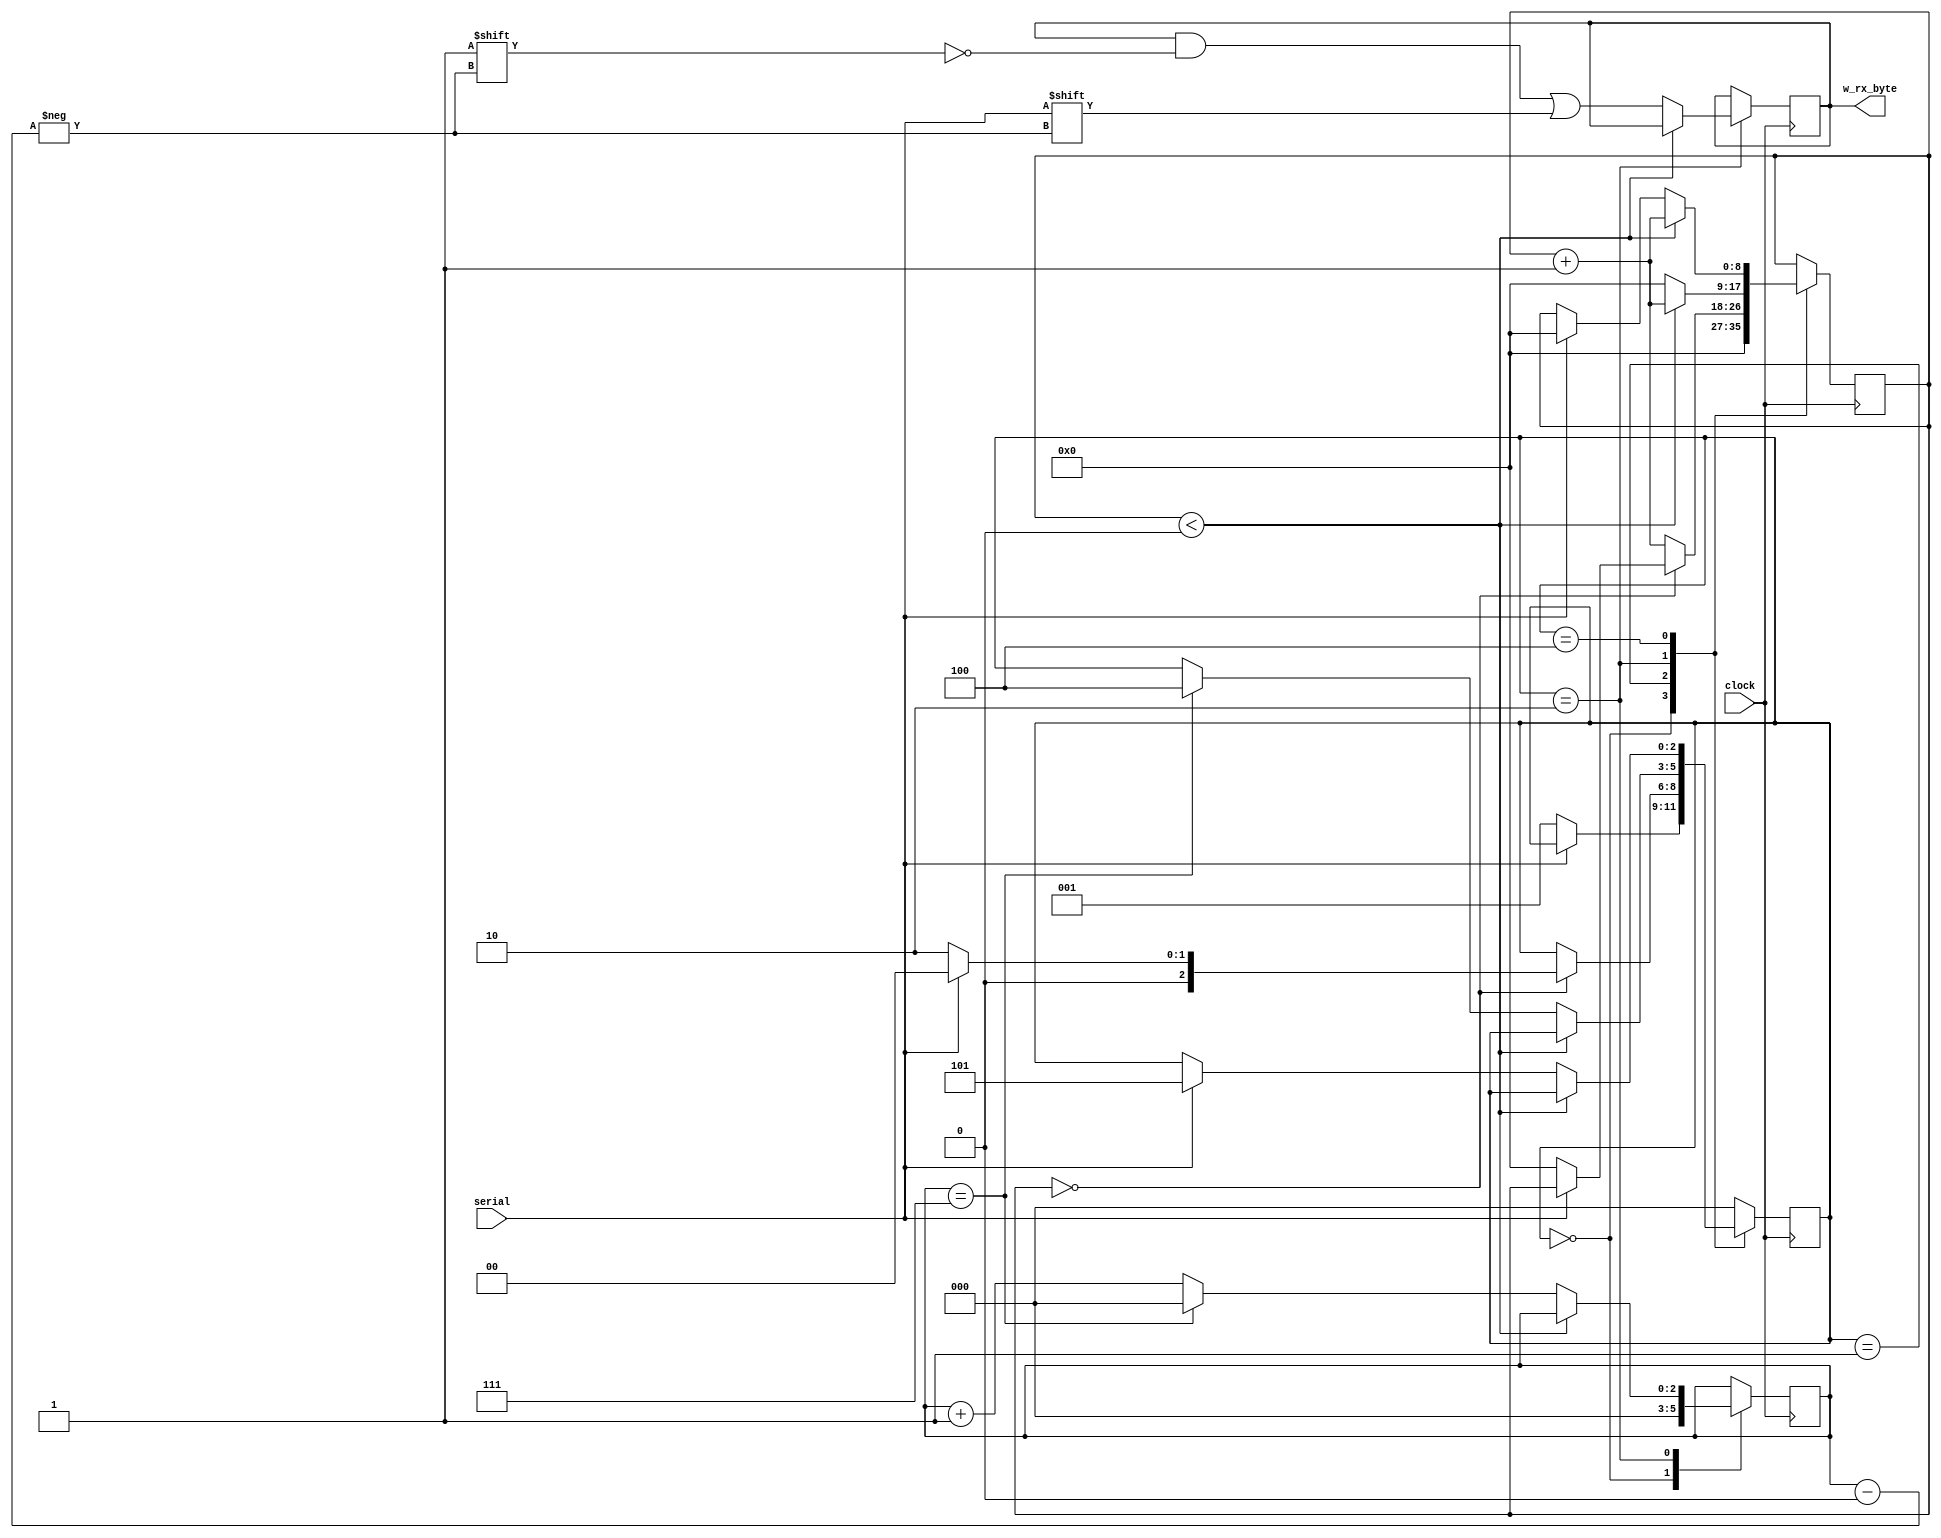
module receiver
    #(parameter CLOCKS_PER_BIT = 0)
    (
        input wire clock,
        input wire serial,
        output [7:0] w_rx_byte
    );

    parameter IDLE_STATE = 3'b000;
    parameter START_STATE = 3'b001;
    parameter DATA_STATE = 3'b010;
    parameter STOP_STATE = 3'b100;
    parameter CLEANUP_STATE = 3'b101;

    reg [8:0] r_clock_count;
    reg [2:0] r_rx_state;
    reg [2:0] r_bit_index;
    reg [7:0] r_rx_byte;

    initial
    begin
        r_rx_state <= IDLE_STATE;
    end

    always @(posedge clock)
    begin
        case (r_rx_state)
            IDLE_STATE:
            begin
                r_clock_count <= 0;
                r_bit_index <= 0;

                if (serial == 1'b0)
                    r_rx_state <= START_STATE;
            end // IDLE_STATE

            START_STATE:
            begin
                // If the apparent start bit lasts at least one-half of the bit time, it is valid
                // and signals the start of a new character. If not, it is considered a spurious
                // pulse and is ignored.
                if (r_clock_count == CLOCKS_PER_BIT/2)
                begin
                    if (serial == 0)
                    begin
                        r_clock_count <= 0;
                        r_rx_state = DATA_STATE;
                    end
                    else
                        r_rx_state = IDLE_STATE;
                end
                else
                    r_clock_count <= r_clock_count + 1;
            end // START_STATE

            DATA_STATE:
            begin
                if (r_clock_count < CLOCKS_PER_BIT)
                    r_clock_count <= r_clock_count + 1;
                else
                begin
                    r_rx_byte[r_bit_index] = serial;
                    r_clock_count <= 0;

                    if (r_bit_index == 7)
                    begin
                        r_rx_state <= STOP_STATE;
                        r_bit_index <= 0;
                    end
                    else
                        r_bit_index <= r_bit_index + 1;
                end
            end // DATA_STATE

            STOP_STATE:
            begin
                if (r_clock_count < CLOCKS_PER_BIT)
                    r_clock_count <= r_clock_count + 1;
                else
                begin
                    if (serial == 1'b1)
                    begin
                        r_rx_state <= CLEANUP_STATE;
                        r_clock_count <= 0;
                    end
                end
            end // STOP_STATE

            CLEANUP_STATE:
            begin
                r_rx_state <= IDLE_STATE;
            end // CLEANUP_STATE

            default:
                r_rx_state <= IDLE_STATE;
        endcase
    end

    assign w_rx_byte = r_rx_byte;
endmodule